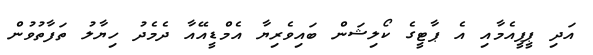
އަދި ޕީޕީއެމާއި އެ ޕާޓީގެ ކޯލިޝަން ބައިވެރިޔާ އެމްޑީއޭއާ ދެމެދު ހިޔާލު ތަފާތުވުން